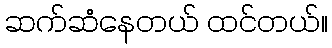
ဆက်ဆံနေတယ် ထင်တယ်။